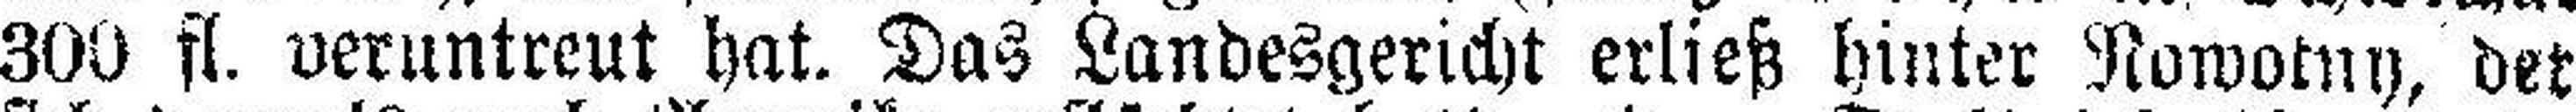
300 fl. veruntreut hat. Das Landesgericht erließ hinter Nowotny, det